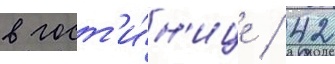
в гост'и́н'ице / 42